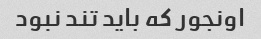
اونجور که باید تند نبود